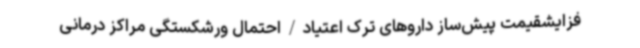
فزایشقیمت پیش‌ساز داروهای ترک اعتیاد/احتمال ورشکستگی مراکز درمانی